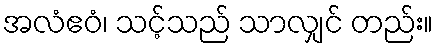
အလံဧဝံ၊ သင့်သည် သာလျှင် တည်း။